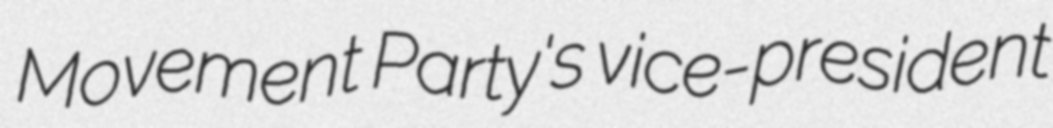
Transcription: Movement Party's vice-president